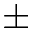
\pm